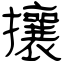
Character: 攘